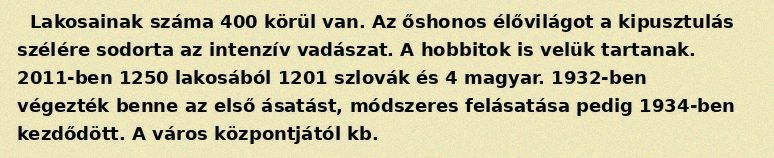
Lakosainak száma 400 körül van. Az őshonos élővilágot a kipusztulás szélére sodorta az intenzív vadászat. A hobbitok is velük tartanak. 2011-ben 1250 lakosából 1201 szlovák és 4 magyar. 1932-ben végezték benne az első ásatást, módszeres felásatása pedig 1934-ben kezdődött. A város központjától kb.